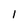
Character: l